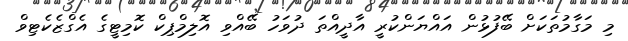
މި މަގާމުތަކަށް ބޭފުޅުން އައްޔަންކުރީ އާދީއްތަ ދުވަހު ބޭއްވި އޮލިމްޕިކް ކޮމިޓީގެ އެގްޒެކެޓިވް